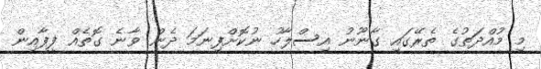
މި މުއްދަތުގެ ތެރޭގައި ގާނޫނު އިސްލާހު ނުކޮށްފިނަމަ ދެން ވާނެ ގޮތެއް ފީފާއިން